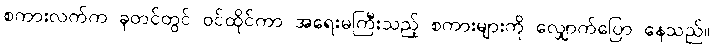
စကားလက်က ခုတင်တွင် ဝင်ထိုင်ကာ အရေးမကြီးသည့် စကားများကို လျှောက်ပြော နေသည်။